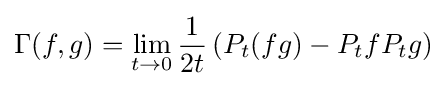
\Gamma (f,g)=\lim \limits _{t\to 0}{\frac {1}{2t}}\left(P_{t}(fg)-P_{t}fP_{t}g\right)